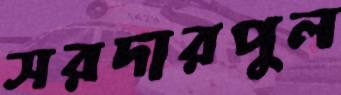
সরদারপুল